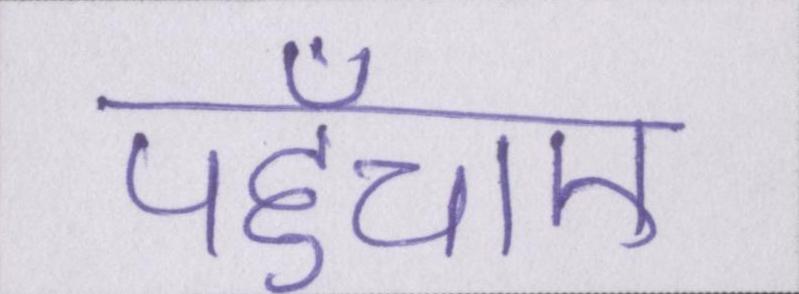
पहुँचाए